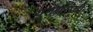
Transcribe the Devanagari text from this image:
युगंधराची